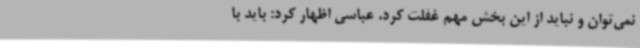
نمی‌توان و نباید از این بخش مهم غفلت کرد. عباسی اظهار کرد: باید با